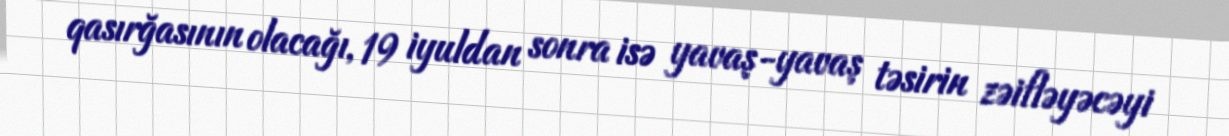
qasırğasının olacağı, 19 iyuldan sonra isə yavaş-yavaş təsirin zəifləyəcəyi